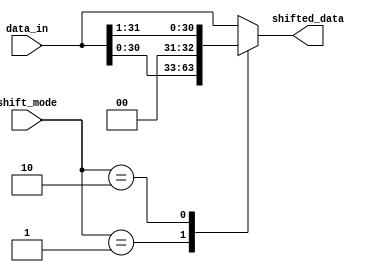
module shifter_block(input [31:0] data_in,
                     input [1:0] shift_mode,  // Shift mode (0: No shift, 1: Left shift, 2: Right shift)
                     output reg [31:0] shifted_data);  // Shifter block output

  always @(*)
  begin
    case (shift_mode)
      2'b00: shifted_data = data_in;   // No shift
      2'b01: shifted_data = data_in << 1;  // Left shift by 1
      2'b10: shifted_data = data_in >> 1;  // Right shift by 1
      default: shifted_data = data_in;  // Default case
    endcase
  end

endmodule